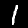
Label: 1